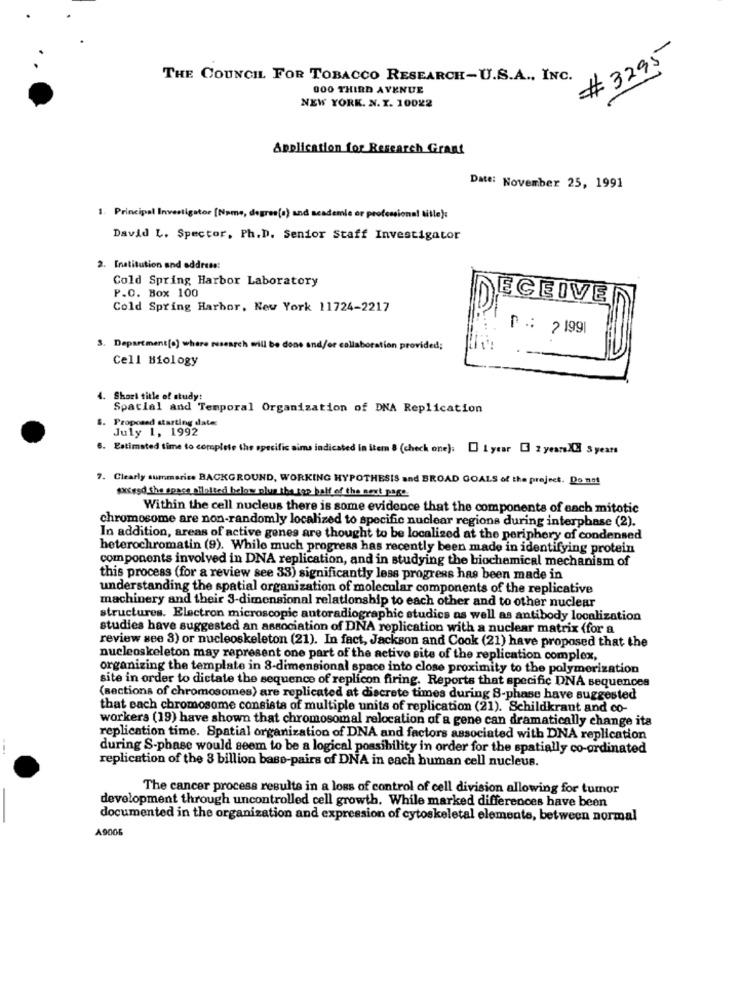
# 3295
THE COUNCIL FOR TOBACCO RESEARCH-U.S.A ., INC.
000 THIRD AVENUE
NEW YORK. N. Y. 10022
Application for Research Grant
DM#: November 25, 1991
1. Principal Investigator [Name, degres(o) and academie or professional title):
David L. Spector, Ph.D. Senior Staff Investigator
2. Institution and address:
Cold Spring Harbor Laboratory
P.O. Box 100
ECEIVE
Cold Spring Harbor, New York 11724-2217
r .: 2 1991
=
3. Department[o) where research will be done and/or callaboration provided;
Cell Biology
4. Short title of study:
Spatial and Temporal Organization of DNA Replication
Proposed starting date:
July 1, 1992
6. Estimated time to complete the specific aims indicated in item 8 (check one): [] 1 year [ 2 years)( 3 years
7. Clearly summaries BACKGROUND, WORKING HYPOTHESIS and BROAD GOALS of the project. Do not
#xceed She space allotted helaw plus the top half of the next page.
Within the cell nucleus there is some evidence that the components of each mitotic
chromosome are non-randomly localized to specific nuclear regions during interphase (2).
In addition, areas of active genes are thought to be localized at the periphery of condensed
heterochromatin (9). While much progresa has recently been made in identifying protein
components involved in DNA replication, and in studying the biochemical mechanism of
this process (for a review see 33) significantly less progress has been made in
understanding the spatial organization of molecular components of the replicative
machinery and their 3-dimensional relationship to each other and to other nuclear
structures. Electron microscopic autoradiographic studies as well as antibody localization
studies have suggested an association of DNA replication with a nuclear matrix (for a
review see 3) or nucleoskeleton (21). In fact, Jackson and Cook (21) have proposed that the
nucleoskeleton may represent one part of the active site of the replication complex,
organizing the template in 8-dimensional space into close proximity to the polymerization
site in order to dictate the sequence of replicon firing. Reports that specific DNA sequences
(sections of chromosomes) are replicated at discrete times during 8-phase have suggested
that each chromosome consists of multiple units of replication (21). Schildkraut and co-
workers (19) have shown that chromosomal relocation of a gene can dramatically change its
replication time. Spatial organization of DNA and factors associated with DNA replication
--
during S-phase would seem to be a logical possibility in order for the spatially co-ordinated
replication of the 3 billion base-pairs of DNA in each human cell nucleus.
The cancer process results in a loss of control of cell division allowing for tumor
development through uncontrolled cell growth. While marked differences have been
documented in the organization and expression of cytoskeletal elements, between normal
A9006